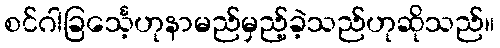
စင်ဂါခြင်္သေ့ဟုနာမည်မှည့်ခဲ့သည်ဟုဆိုသည်။